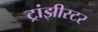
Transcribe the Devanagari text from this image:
ट्रांझीस्टर